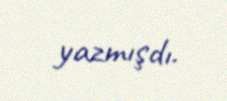
yazmışdı.